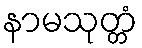
နာမသုတ္တံ